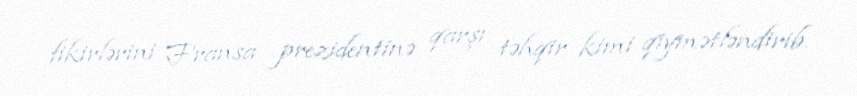
fikirlərini Fransa prezidentinə qarşı təhqir kimi qiymətləndirib.